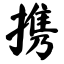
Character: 携